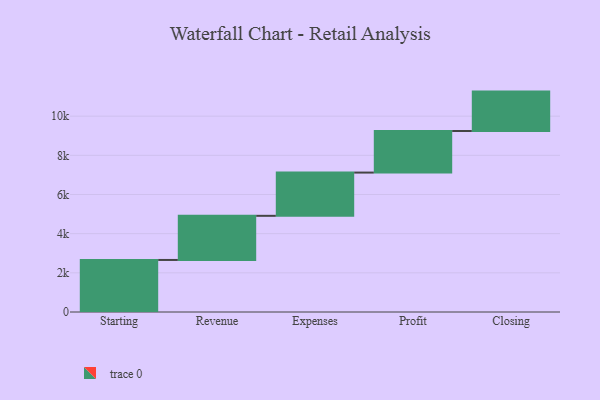
{"axis": {"x": "Step", "y": "Value"}, "legend": [""], "data": [{"x": "Starting", "y": 2657.0, "type": ""}, {"x": "Revenue", "y": 2254.0, "type": ""}, {"x": "Expenses", "y": 2208.0, "type": ""}, {"x": "Profit", "y": 2123.0, "type": ""}, {"x": "Closing", "y": 2012.0, "type": ""}]}